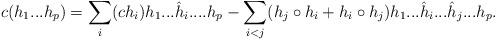
LaTeX: \begin{align*} c(h_1...h_p)=\sum_{i}(ch_i)h_1...\hat{h}_i....h_p-\sum_{i<j}(h_j\circ h_i+h_i\circ h_j)h_1...\hat{h}_i...\hat{h}_j...h_p. \end{align*}